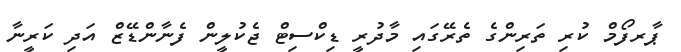
ޕާރފޯމް ކުރި ތަރިންގެ ތެރޭގައި މާދުރީ ޑިކްސިޓް ޖެކުލީން ފެނާންޑޭޒް އަދި ކަރީނާ